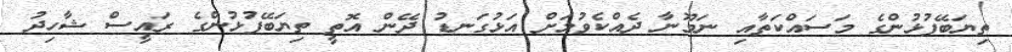
ތިޔަބޭފުޅުންގެ މަސައްކަތާއި ނަމޫނާ ދެއްކެވުމަށް އަޅުގަނޑު ދޭން އޮތީ ތިޔަބޭފުޅުންގެ ރައީސް ޝާހިދު